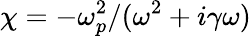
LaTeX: \chi=-\omega_{p}^{2}/(\omega^{2}+i\gamma\omega)